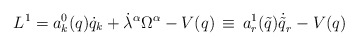
\begin{align*}L^1 = a_k^0 ( q ) \dot q_k + {\dot\lambda}^{\alpha} \Omega^{\alpha} - V( q ) \,\equiv \,a_r^1 ( {\tilde q} ) {\dot {\tilde q}}_r - V( q )\end{align*}